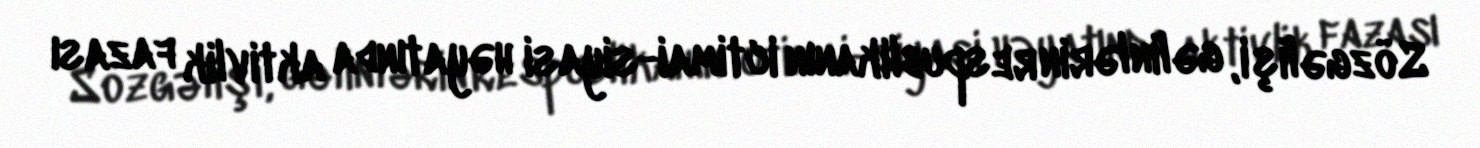
Sözgəlişi, gəlinlərin respublikanın ictimai-siyasi həyatında aktivlik fazası